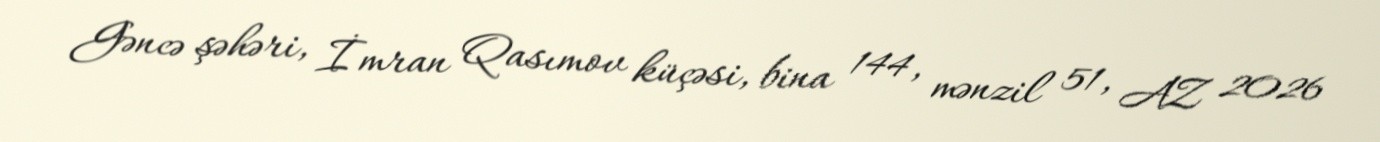
Gəncə şəhəri, İmran Qasımov küçəsi, bina 144, mənzil 51, AZ 2026